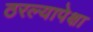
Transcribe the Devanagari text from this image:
ठरल्यापेक्षा